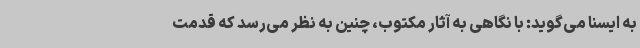
به ایسنا می‌گوید: با نگاهی به آثار مکتوب، چنین به نظر می‌رسد که قدمت